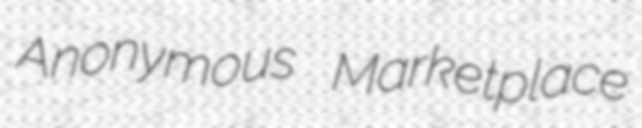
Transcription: Anonymous Marketplace